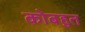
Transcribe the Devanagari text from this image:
कोबहुत